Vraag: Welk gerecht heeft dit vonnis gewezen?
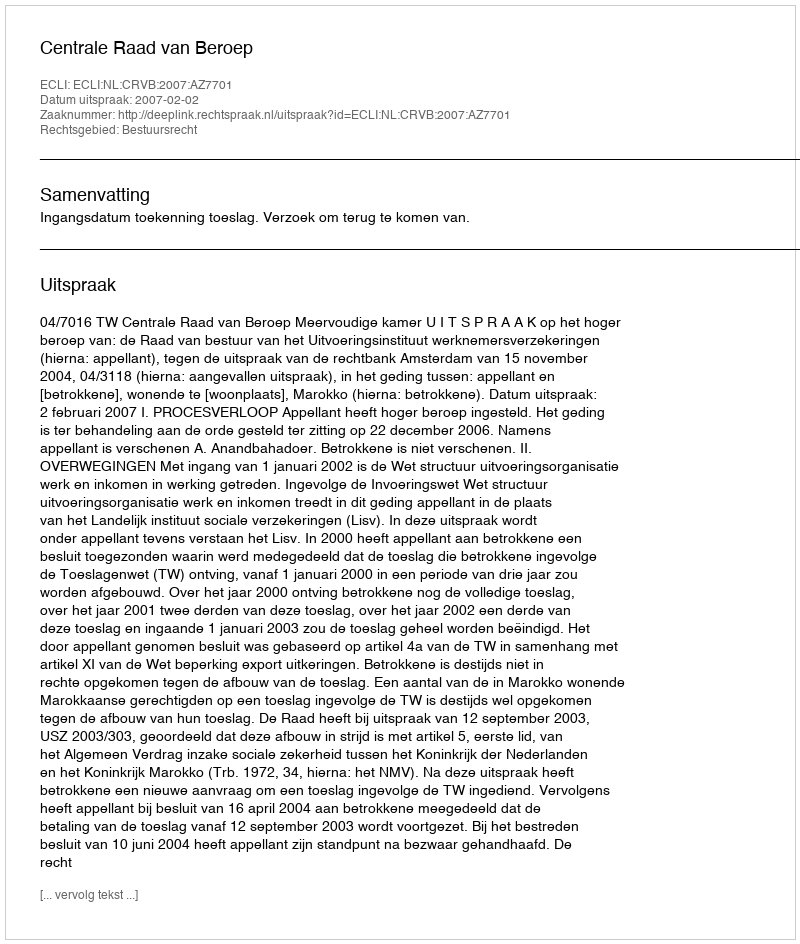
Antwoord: Centrale Raad van Beroep